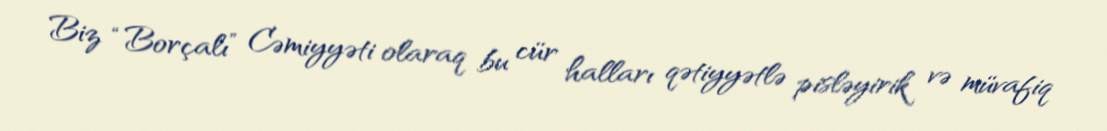
Biz “Borçalı” Cəmiyyəti olaraq bu cür halları qətiyyətlə pisləyirik və müvafiq